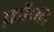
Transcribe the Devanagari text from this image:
फ़ौजें।